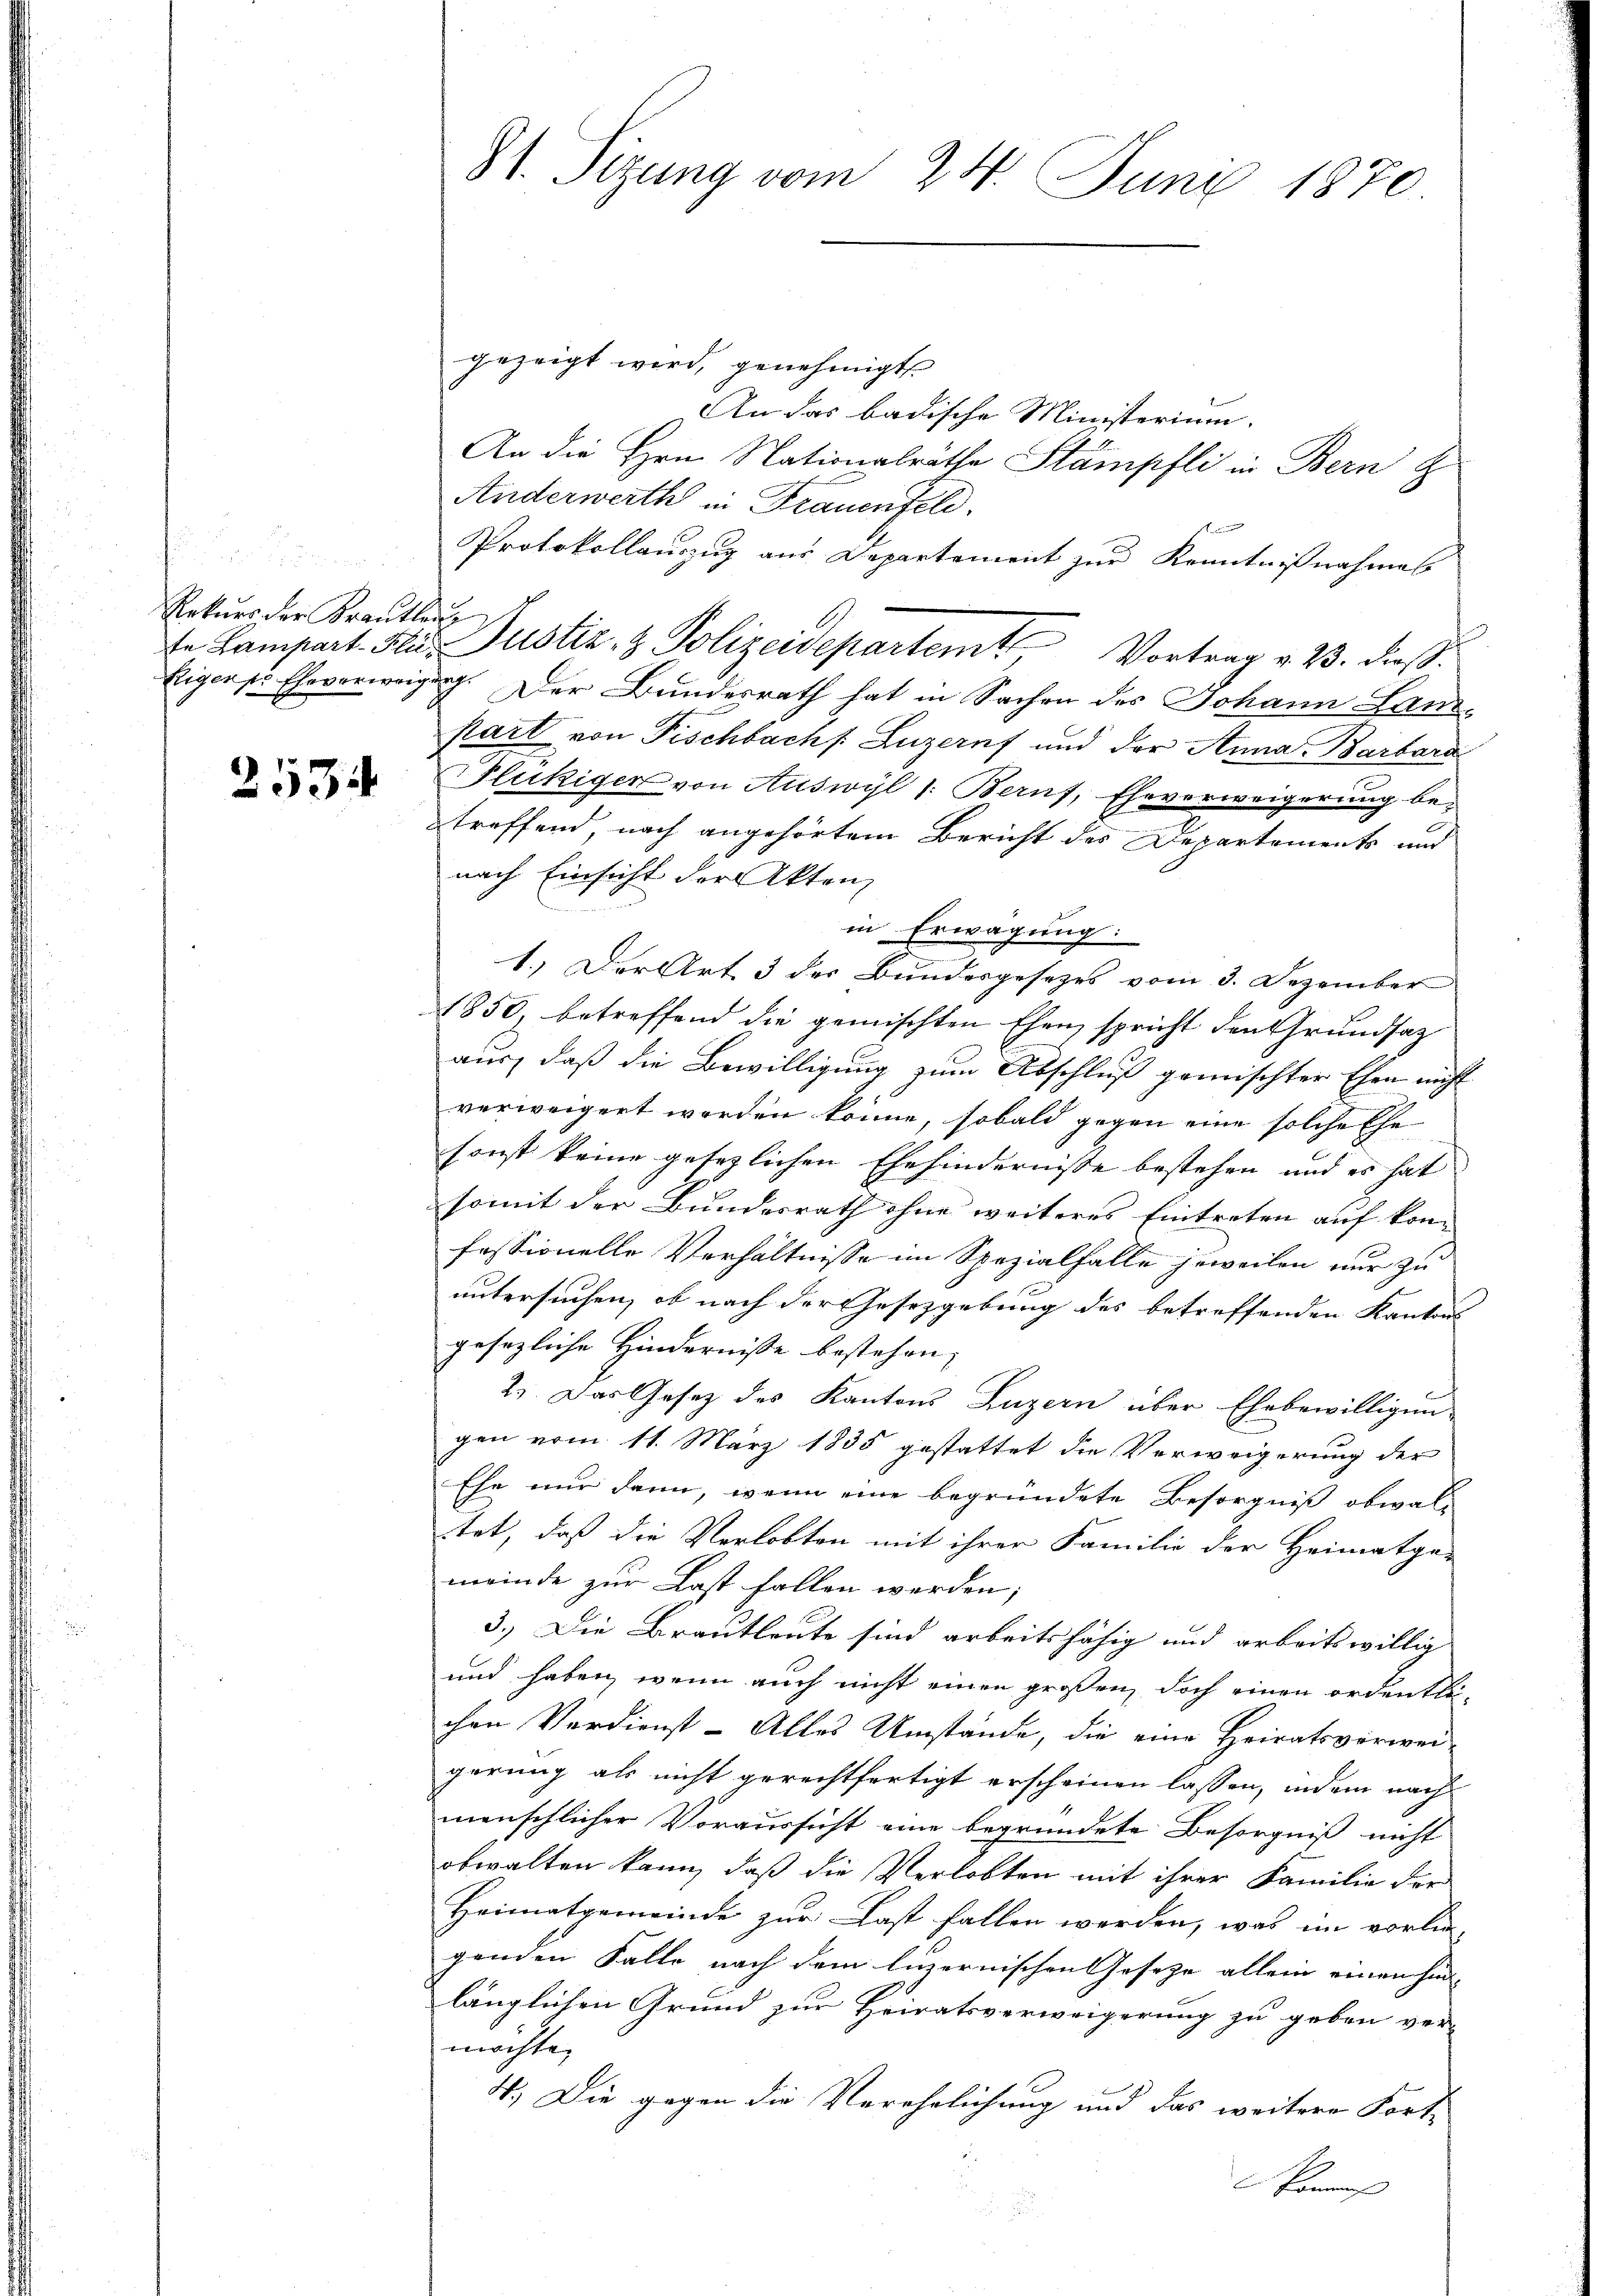
er
Rekŭrs der Krautleu

2534

81. Sizung vom 24. Juni 1870.
gezeigt wird, genehmigt.
An das badische Ministerium.
An die Hrn. Nationalräthe Stämpfli in Bern z
Anderwerth in Frauenfeld.

f
Protokollauszug aus Departement zur Kenntnißnahmes
Eiiger pr Eheverweigung. Der Bundesrath hat in Sachen des Johann Lanpart von Fischbach Luzern und der Anna Barbara
Flukiger von Auswyl 1: Beruf, Eheverweigerung be-
treffend, nach angehörtem Bericht des Departements und
in Erwägung:
1.) Der Art 3 der Bundesgesezes vom 3. Dezember
1850, betreffend die gemischten Ehen, spricht den Grundsatz
aus, daß die Bewilligung zum Abschluß gemischter Ehen nicht
verweigert worden könne, sobald gegen eine solche Ehe
sonst keine gesezlichen Ehehindernisse bestehen und es hat
somit der Bundesrath ohne weiteres Eintreten auf kon-
fessionelle Verhältnisse im Spezialfalle jeweilen nur zu
untersuchen, ob nach der Gesetzgebung des betreffenden Kantons
gesezliche Hindernisse bestehen,
2). Das Gesetz des Kantons Luzern über Ehebewilligun
gen vom 11. März 1835 gestattet die Verweigerung der
Ehe nur dann, wenn eine begründete Besorgniß obwalitet, daß die Verlobten mit ihrer Familie der Heimatge-
meinde zur Last fallen werden;
3.) Die Brautleute sind arbeitsfähig und arbeits willig
und haben, wenn auch nicht einen großen, doch einen ordentli-
chen Verdienst- Alles Umstände, die eine Heiratsverwei-
gerung als nicht gerechtfertigt erscheinen lassen, indem nach
menschlicher Voraussicht eine begründete Besorgniß nicht
obwalten kann, daß die Verlobten mit ihrer Familie der
Heimatgemeinde zur Last fallen werden, was im vorlie-
genden Falle nach dem luzernischen Geseze allein einen hin-
länglichen Grund zur Heiratsverweigerung zu geben ver-
möchte,
4.) Die gegen die Verehrlichung und das weitere Fort-
Kommis

nach Einsicht der Akten,

Ie Lampart. Flur Justiz- & Polizeidepartem Vortrag v. 23. dieß.